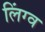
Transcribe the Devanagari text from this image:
लिंग्व